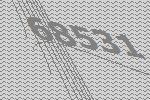
68531